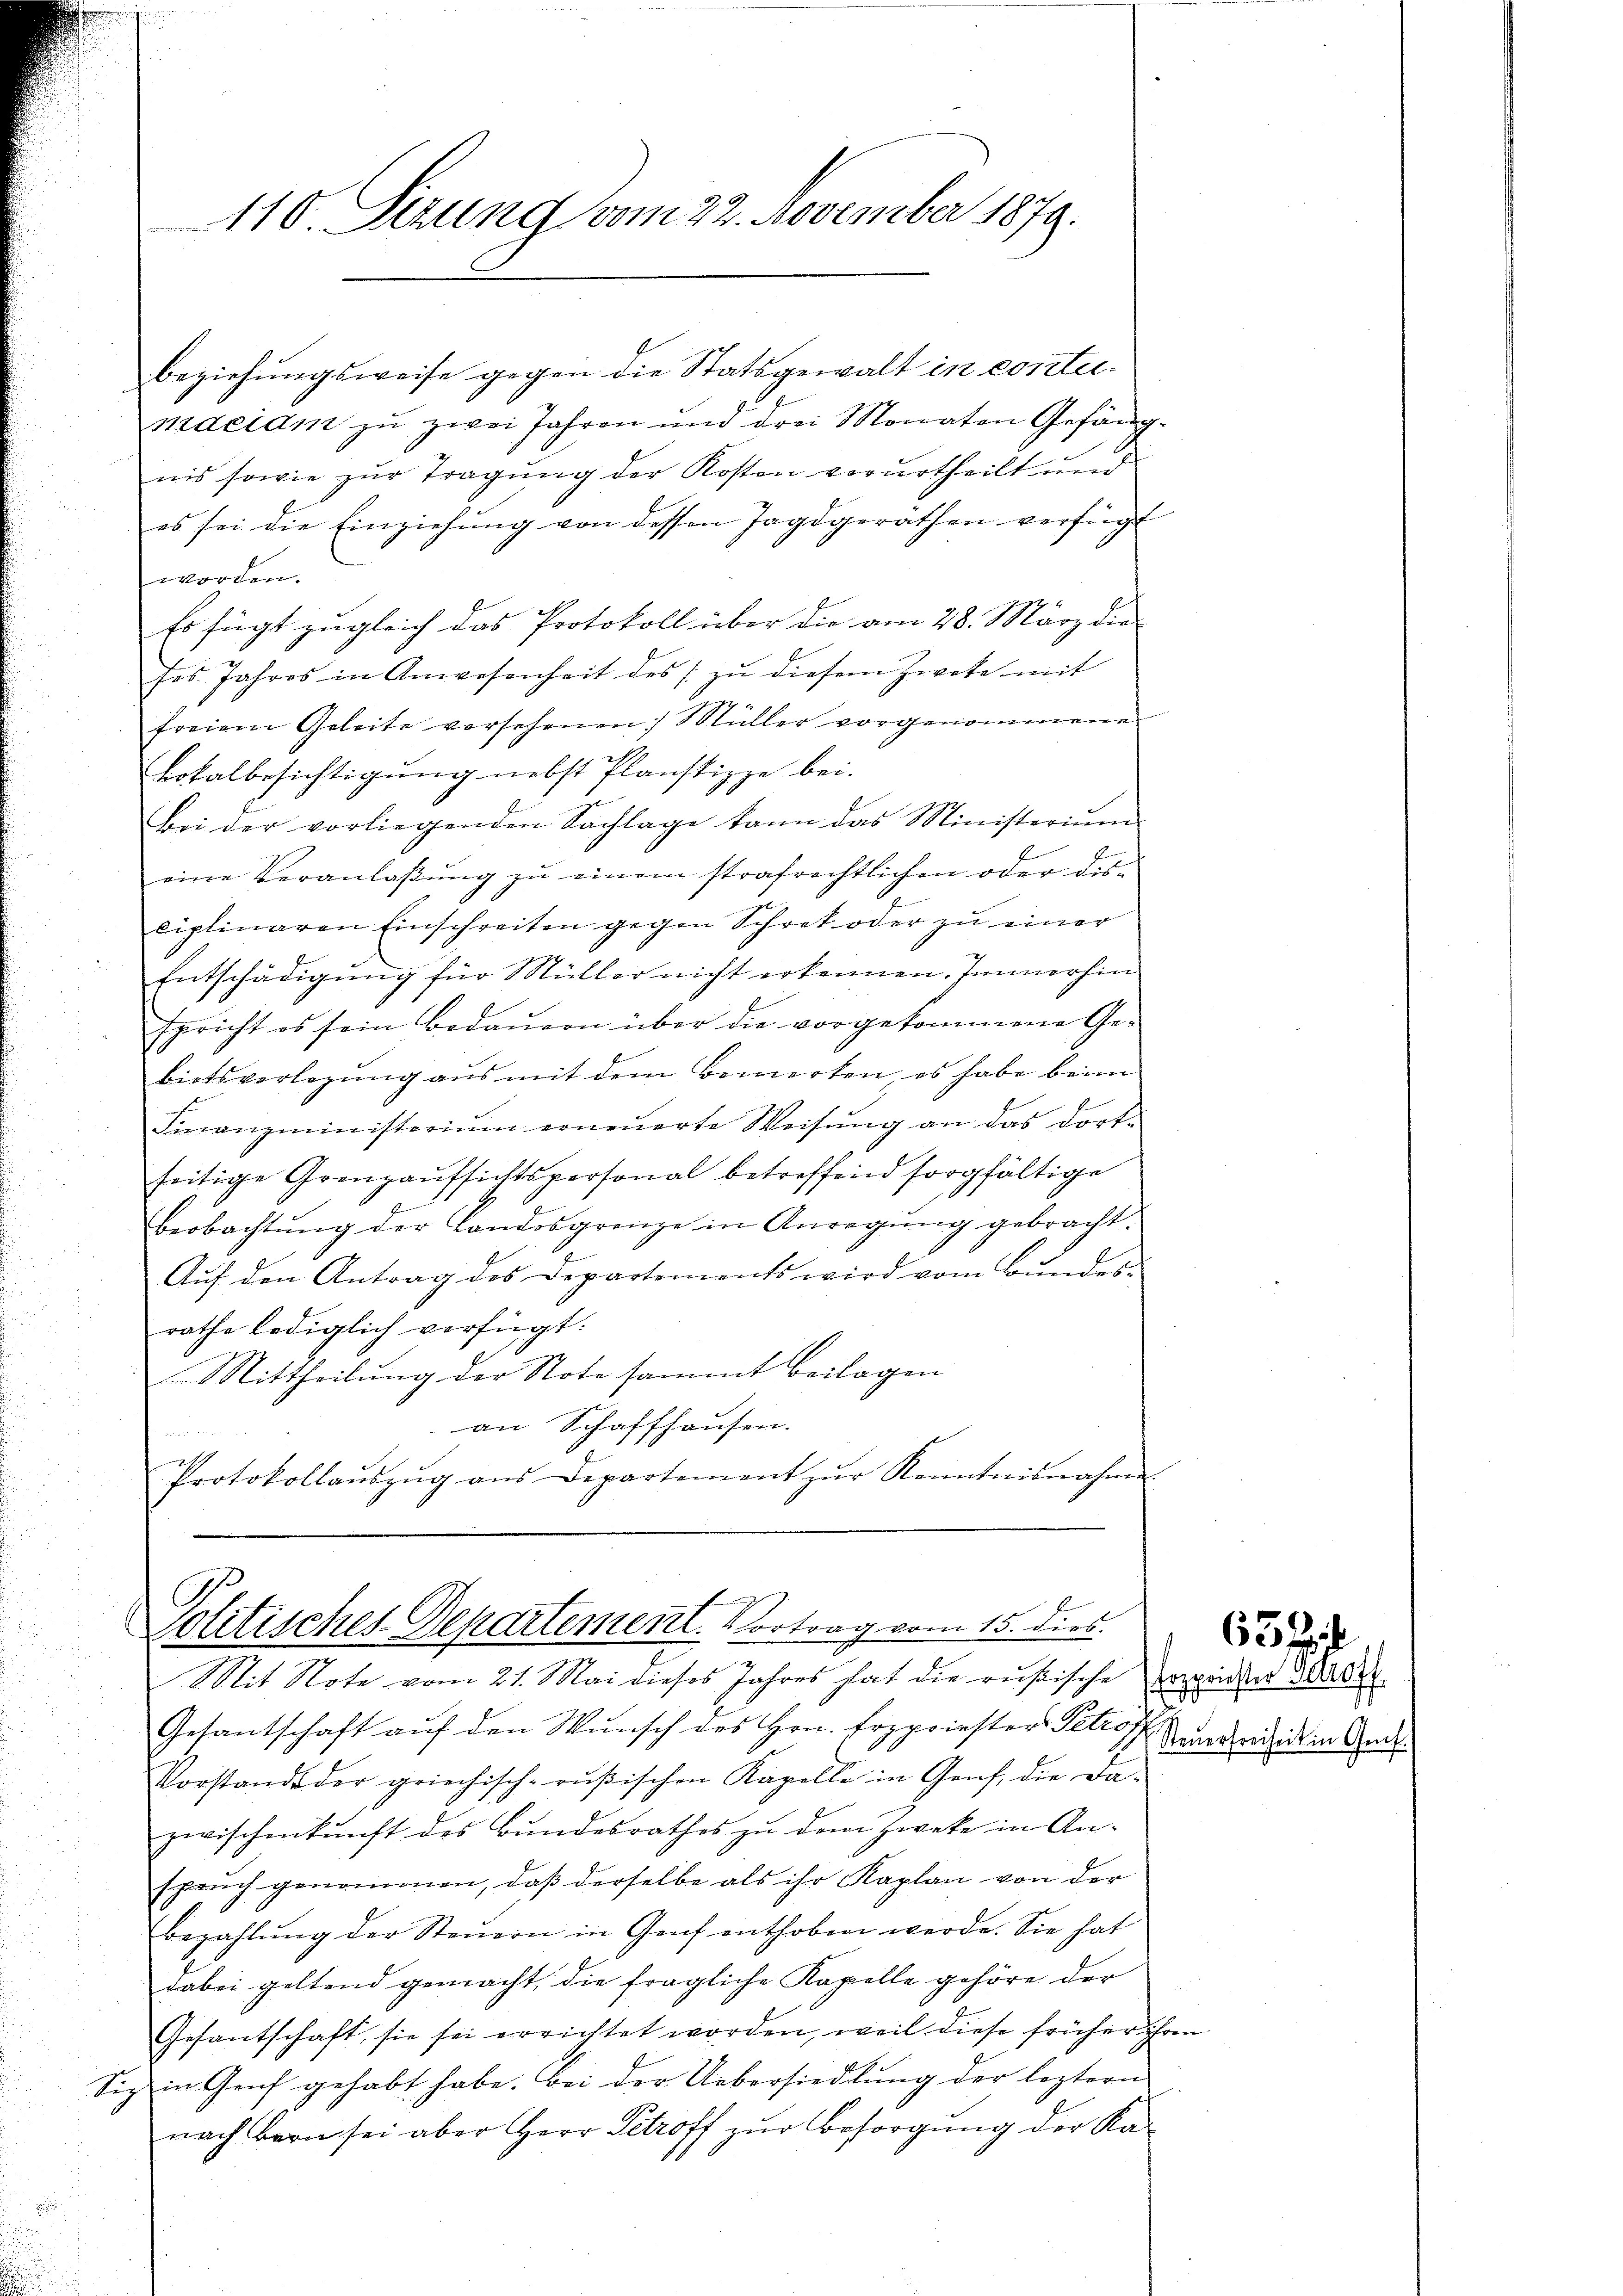
110. Sizung vom 22. November 1879.

beziehungsweise gegen die Statsgewalt in contemaciam zu zwei Jahren und drei Monaten Gefäng
nis sowie zur Tragung der Kosten verurtheilt und
es sei die Einziehung von dessen Tagdgerathen verfügt
worden.
Es fügt zugleich das Protokoll über die am 28. März die
ses. Jahres in Anwesenheit des zŭ diesem Zwete mit
freien Geleite versehenen Müller vorgenommene
Lokalbesichtigung nebst Planstizze bei.
bei der vorliegenden Sachlage kann das Ministeriŭm
eine Veranlaβŭng zŭ einem strafrechtlichen oder dis-
ciplinaren Einschreiten gegen Schret oder zŭ einer
Entschädigung für Müller nicht erkennen. Immerhin
Egericht es sein Bedaŭern über die vorgekommene Ge-
bietsverlegung aus mit dem Bemerken, es habe beim
Finanzministeriŭm erneŭerte Weisŭng an das dort-
seitige Grenzaufsichtspersonal betreffend sorgfältige
Beobachtŭng der Landosgrenze in Anregŭng gebracht.
Auf den Antrag des Departements wird vom Bundes-
rathe lediglich verfügt:
Mittheilung der Note sammt beilagen
an Schaffhausen.

Protokollaŭszŭg ans Departement zŭr Kenntnisnahme.

Politisches Departement. Vortrag vom 15. dies

2

Mit Note vom 21. Mai dieses Jahres hat die rüßische Exxxinder Akade
Gesantschaft auf den Wunsch des Hrn. Erzpriester Petrof
Vorstand der griechisch-rŭβischen Kapelle in Genf, die da-
zwischenkunft des Bundesrathes zu dem Zweke in Ansprŭch genommen, daß derselbe als ihr Kaplan von der
Bezahlŭng der Steŭern in Genf enthoben werde. Sie hat
dabei geltend gemacht, die fragliche Kapelle gehöre der
Gesantschaft, sie sei errichtet worden, weil diese früher ihren
Siz in Genf gehabt habe. Bei der Uebersiedlung der leztern
nach Bern sei aber Herr Petroff zur Besorgung der Ka-

Steŭerfreiheit in Genf.

b
65